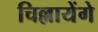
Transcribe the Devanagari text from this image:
चिल्लायेंगे